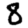
Digit: 8